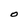
Character: O